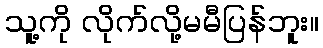
သူ့ကို လိုက်လို့မမီပြန်ဘူး။